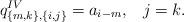
LaTeX: \begin{align*}q^{IV}_{\{m,k \}, \{i,j\}} = a_{i-m}, \;\;\; j=k.\end{align*}